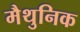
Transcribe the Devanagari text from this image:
मैथुनिक